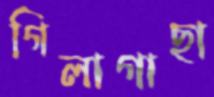
গিলাগাছা